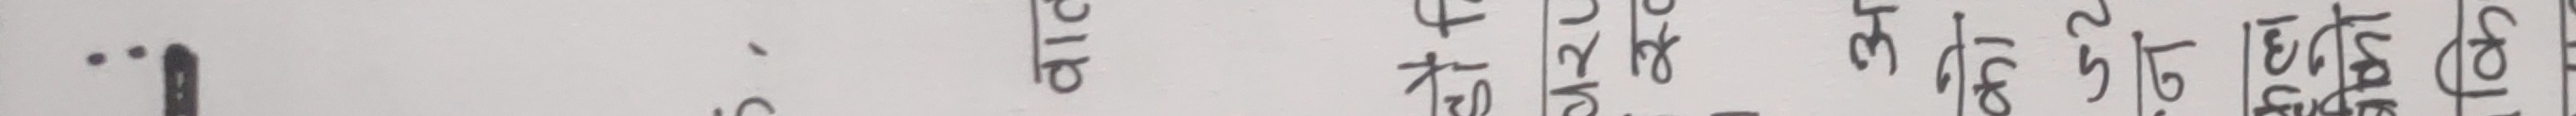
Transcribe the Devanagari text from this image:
•। क ट | ०८ | ३१५२९४ | ४३१०५२ | १८५५७९ | १९०७३४